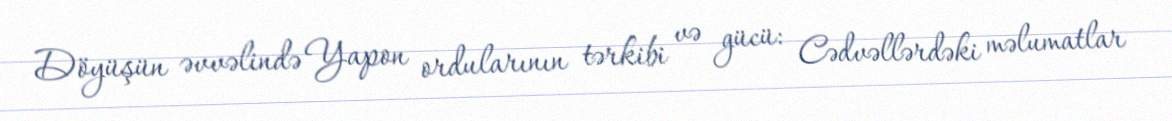
Döyüşün əvvəlində Yapon ordularının tərkibi və gücü: Cədvəllərdəki məlumatlar